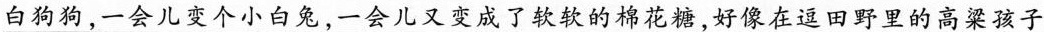
白狗狗，一会儿变个小白兔，一会儿又变成了软软的棉花糖，好像在逗田野里的高梁孩子